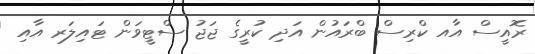
ރޮއީސް އާއ ކްރިސް ބްރައުން އަދި ކުރީގެ ޖަޖު ސްޓީވަން ޓައިލަރ އާއި